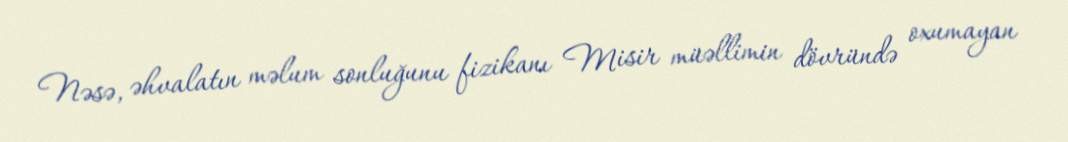
Nəsə, əhvalatın məlum sonluğunu fizikanı Misir müəllimin dövründə oxumayan